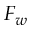
F _ { w }